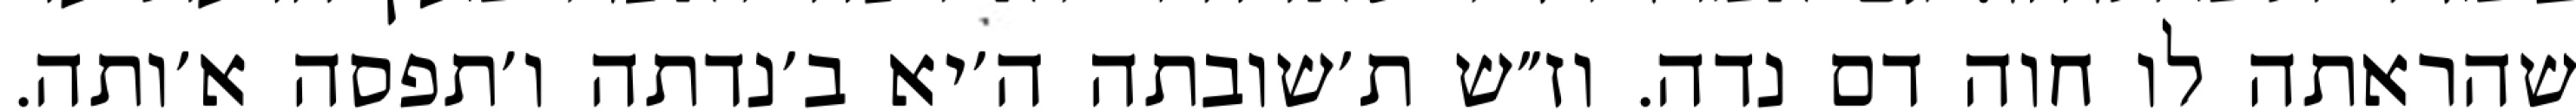
שהראתה לו חוה דם נדה. וז״ש ת׳שובתה ה׳יא ב׳נדתה ו׳תפסה א׳ותה.